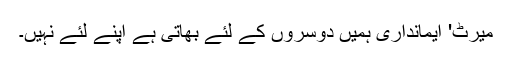
میرٹ' ایمانداری ہمیں دوسروں کے لئے بھاتی ہے اپنے لئے نہیں۔